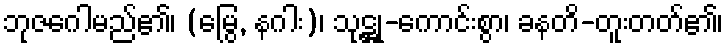
ဘုဇဂေါမည်၏၊ (မြွေ, နဂါး)၊ သုဋ္ဌု-ကောင်းစွာ၊ ခနတိ-တူးတတ်၏၊